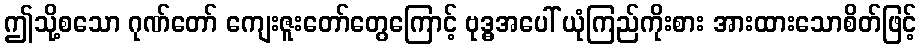
ဤသို့စသော ဂုဏ်တော် ကျေးဇူးတော်တွေကြောင့် ဗုဒ္ဓအပေါ် ယုံကြည်ကိုးစား အားထားသောစိတ်ဖြင့်